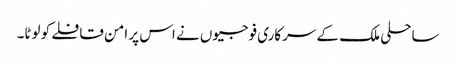
ساحلی ملک کے سرکاری فوجیوں نے اس پر امن قافلے کو لوٹا۔